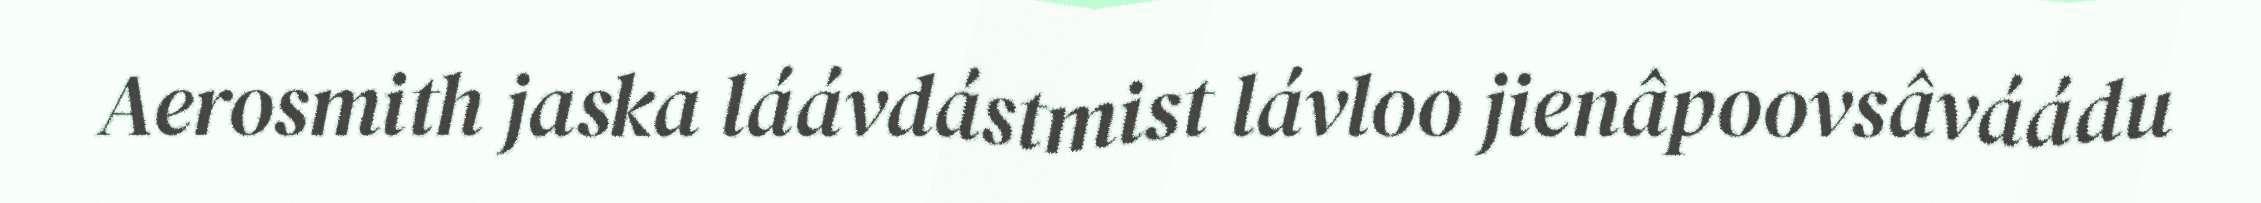
Aerosmith jaska láávdástmist lávloo jienâpoovsâváádu